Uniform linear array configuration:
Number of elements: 32
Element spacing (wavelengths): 0.75
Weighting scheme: hann
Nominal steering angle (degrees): -45
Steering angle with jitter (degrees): -45.931
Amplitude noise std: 0.05
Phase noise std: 0.05

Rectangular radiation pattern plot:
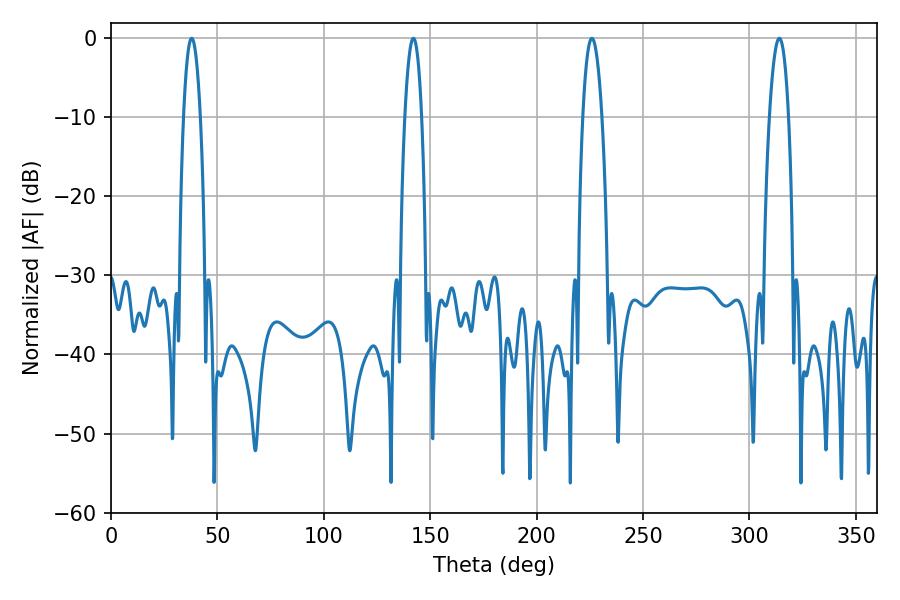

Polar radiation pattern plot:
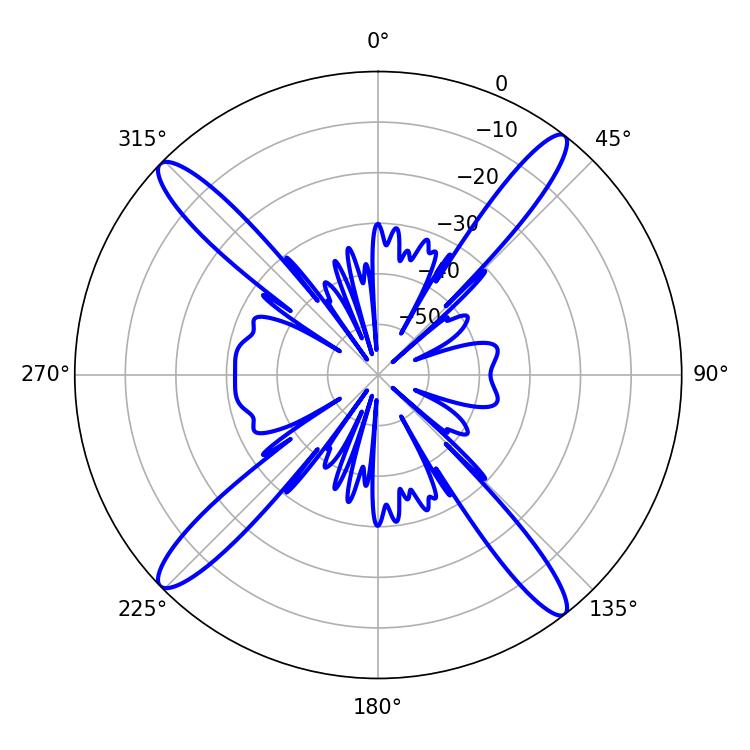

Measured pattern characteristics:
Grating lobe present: TRUE
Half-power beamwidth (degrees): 5.04
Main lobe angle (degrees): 225.9